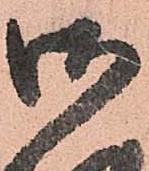
御